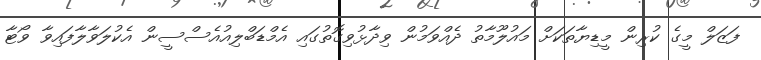
ފަޒަލް މީގެ ކުރިން މީޑިޔާތަކަށް މައުލޫމާތު ދެއްވަމުން ވިދާޅުވިގޮތުގައި އެމްޑަބްލިއުއެސްސީން އެކުލަވާލާފައިވާ ވޯޓާ